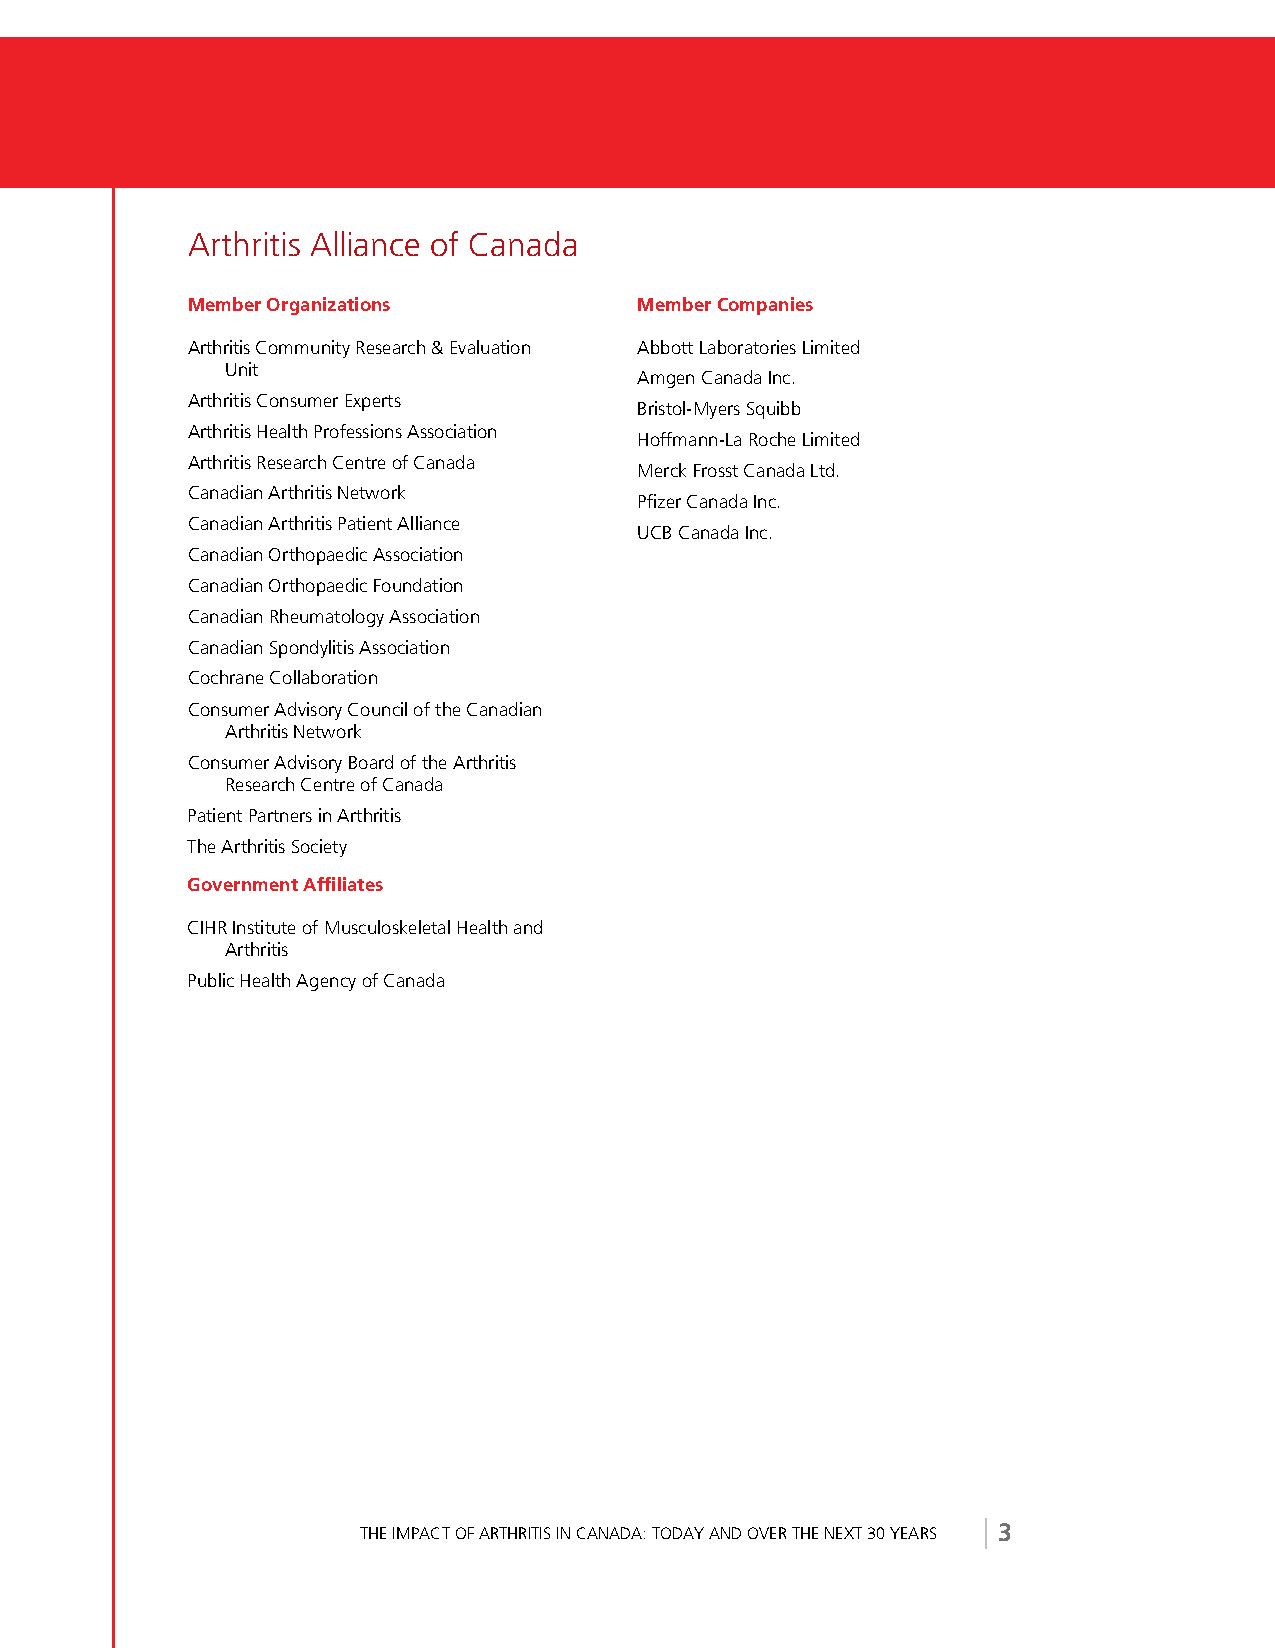
Arthritis Alliance of Canada
 Member Organizations          Member Companies
 Arthritis Community Research & Evaluation Abbott Laboratories Limited
 Unit
 Amgen Canada Inc.
 Arthritis Consumer Experts
 Bristol-Myers Squibb
 Arthritis Health Professions Association
 Hoffmann-La Roche Limited
 Arthritis Research Centre of Canada
 Merck Frosst Canada Ltd.
 Canadian Arthritis Network
 Pfizer Canada Inc.
 Canadian Arthritis Patient Alliance
 UCB Canada Inc.
 Canadian Orthopaedic Association
 Canadian Orthopaedic Foundation
 Canadian Rheumatology Association
 Canadian Spondylitis Association
 Cochrane Collaboration
 Consumer Advisory Council of the Canadian
 Arthritis Network
 Consumer Advisory Board of the Arthritis
 Research Centre of Canada
 Patient Partners in Arthritis
 The Arthritis Society
 Government Affiliates
 CIHR Institute of Musculoskeletal Health and
 Arthritis
 Public Health Agency of Canada
 THE IMPACT OF ARTHRITIS IN CANADA: TODAY AND OVER THE NEXT 30 YEARS 3